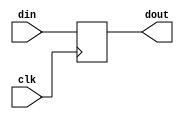
/*
 * This file is a sub module, which buffers signals for some cycles.
 *
 * Copyright (C) 2018
 *          Ruben Niederhagen <ruben@polycephaly.org>
 *
 * This program is free software; you can redistribute it and/or modify
 * it under the terms of the GNU General Public License as published by
 * the Free Software Foundation; either version 3 of the License, or
 * (at your option) any later version.
 *
 * This program is distributed in the hope that it will be useful,
 * but WITHOUT ANY WARRANTY; without even the implied warranty of
 * MERCHANTABILITY or FITNESS FOR A PARTICULAR PURPOSE.  See the
 * GNU General Public License for more details.
 *
 * You should have received a copy of the GNU General Public License
 * along with this program; if not, write to the Free Software Foundation,
 * Inc., 51 Franklin Street, Fifth Floor, Boston, MA 02110-1301  USA
 *
*/

module delay
#(
  parameter WIDTH = 1,
  parameter DELAY = 1
)
(
  input  wire clk,
  input  wire [WIDTH-1:0] din,
  output wire [WIDTH-1:0] dout
);


reg [WIDTH-1:0] level_buf [1:DELAY+1];

wire [WIDTH-1:0] level [0:DELAY];

assign level[0] = din;

integer j;
initial
 begin
   for (j = 1; j <= DELAY; j = j + 1)
     level_buf[j] = {WIDTH{1'b0}};
end

genvar i;
generate
  for (i=0; i < DELAY; i=i+1)
    begin : gen_delay
      always @(posedge clk)
       begin
          level_buf[i+1] <= level[i];
        end
       
      assign level[i+1] = level_buf[i+1];
    end
endgenerate

assign dout = level[DELAY];

endmodule